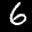
Label: 6